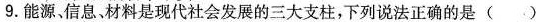
9.能源、信息，材料是现代社会发展的三大支柱，下列说法正确的是()